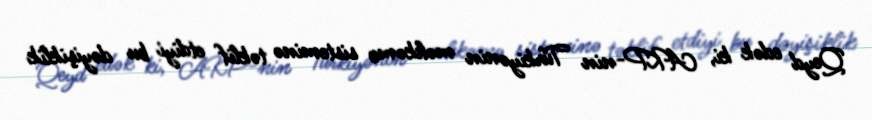
Qeyd edək ki, AKP-nin Türkiyənin məhkəmə sisteminə təklif etdiyi bu dəyişiklik